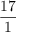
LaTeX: \frac { 1 7 } { 1 }